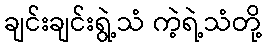
ချင်းချင်းရွဲ့သံ ကဲ့ရဲ့သံတို့